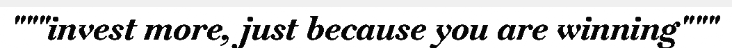
"""invest more, just because you are winning"""